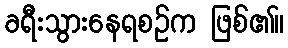
ခရီးသွားနေရစဉ်က ဖြစ်၏။